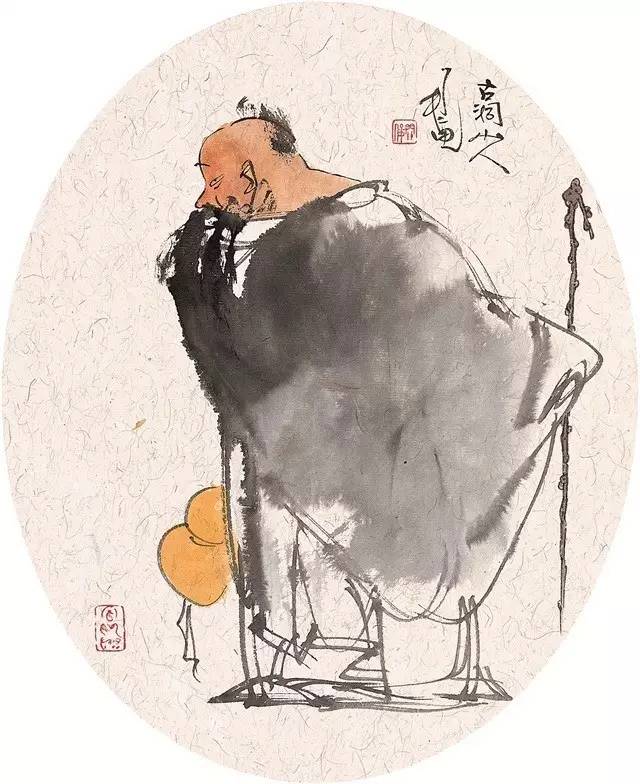
其交也以道，以接也以礼。